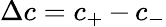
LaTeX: {\Delta c=c_{+}\, {-}\, c_{-}}